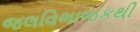
જલવિભાજકથી